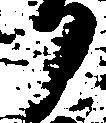
り